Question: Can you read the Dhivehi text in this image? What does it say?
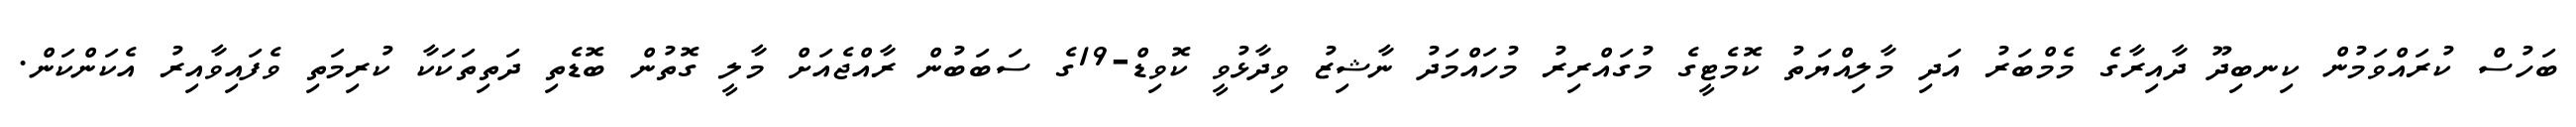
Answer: ބަހުސް ކުރައްވަމުން ކިނބިދޫ ދާއިރާގެ މެމްބަރު އަދި މާލިއްޔަތު ކޮމެޓީގެ މުގައްރިރު މުހައްމަދު ނާޝިޒު ވިދާޅުވީ ކޮވިޑް-19ގެ ސަބަބުން ރާއްޖެއަށް މާލީ ގޮތުން ބޮޑެތި ދަތިތަކަކާ ކުރިމަތި ވެފައިވާއިރު އެކަންކަން.